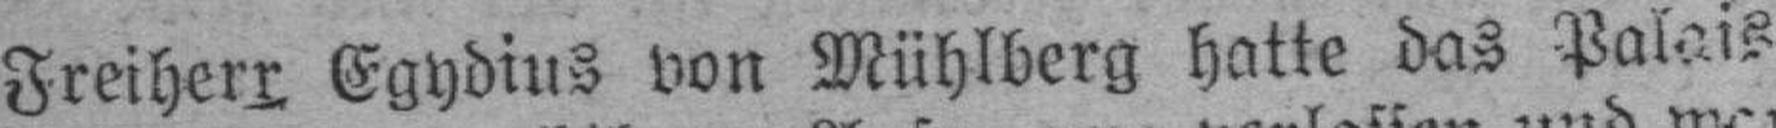
Freiherr Egydius von Mühlberg hatte das Palais